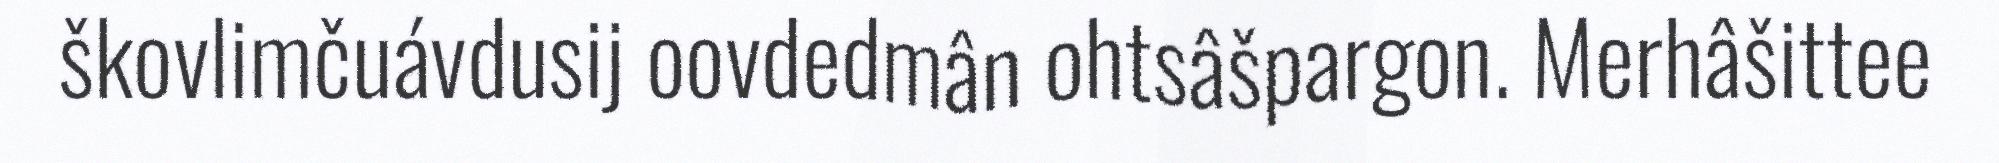
škovlimčuávdusij oovdedmân ohtsâšpargon. Merhâšittee